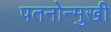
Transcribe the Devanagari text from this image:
पतनोन्मुखी